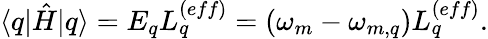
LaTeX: \langle q\vert\hat{H}\vert q\rangle=E_{q}L_{q}^{(eff)}=(\omega_{m}-\omega_{m,q})L_{q}^{(eff)}.